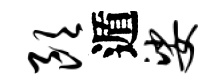
朗遁娑